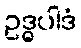
ဥဒ္ဓပါဒံ